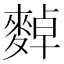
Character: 𪍈